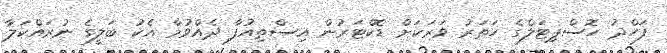
ފަހްދު ހޮސްޕިޓަލްގެ ހަތަރު ވަރަކަށް ޑޮކްޓަރުން އިސްތިއުފާ ދެއްވުމާ އެކު ބަލީގެ ނުރައްކަލާ